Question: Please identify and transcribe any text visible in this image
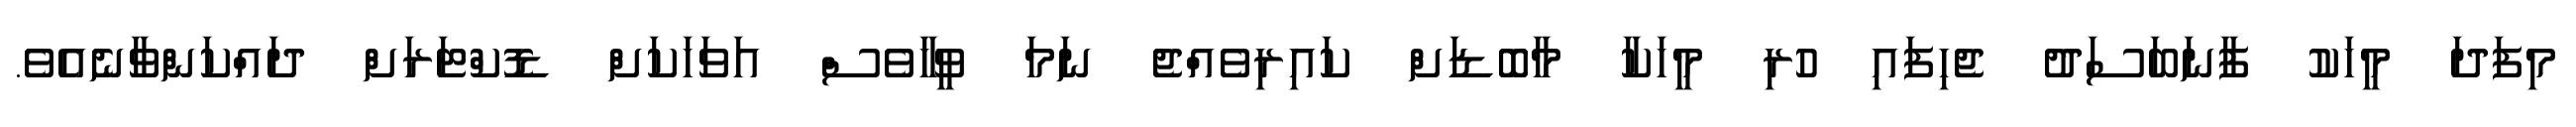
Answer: މިފަދަ މީހަކު ފާނަބަސަދު ޖެހިފައި ހުރި މީހަކާ މާބޮޑަށް ކައިރިވެއްޖެ ނަމަ ވީހާވެސް އަވަހަކަށް ޑޮކްޓަރަށް ދައްކަންވާނެއެވެ.